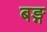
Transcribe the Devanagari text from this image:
बङ्ग